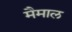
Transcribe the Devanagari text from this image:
मैमाल